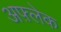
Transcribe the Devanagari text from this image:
अफ़्लेक